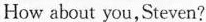
How about you,Steven?